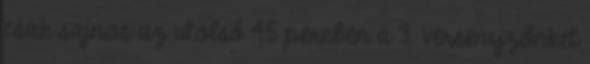
csak sajnos az utolsó 45 percben a 3. versenyzőnket